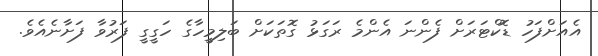
އެއަށްފަހު ޑޮކްޓަރަށް ފެންނަ އެންމެ ރަގަޅު ގޮތަކަށް ބަލިމީހާގެ ހަގީގީ ފަރުވާ ފަށާނެއެވެ.